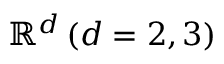
\mathbb { R } ^ { d } \, ( d = 2 , 3 )